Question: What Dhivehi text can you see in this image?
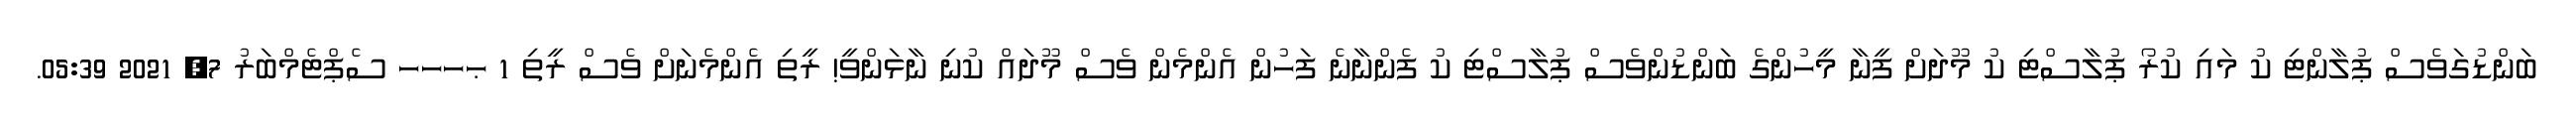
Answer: ބަންޑުގަވެސް ޕުލާންޓި ކު މައި ކުރޯ ޕުލާސްޓި ކު މޫދަށް ފީނާ މީހުންގެ ބަންޑުންވެސް ޕުލާސްޓި ކު ފެންނާނެ ފަހުން އެންމެން ވެސް މޫދައް ކުނި ނާޅަންވީ! ރީތި އެންމެނަށް ވެސް ރީތި 1 ޙހހހ ސެޕްޓެމްބަރު 7, 2021 05:39.